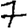
Digit: 7